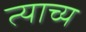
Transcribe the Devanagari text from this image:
त्याच्य